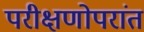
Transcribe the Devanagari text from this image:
परीक्षणोपरांत